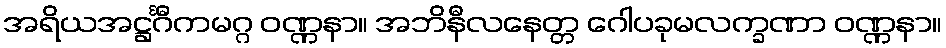
အရိယအဋ္ဌင်္ဂီကမဂ္ဂ ဝဏ္ဏနာ။ အဘိနီလနေတ္တ ဂေါပခုမလက္ခဏာ ဝဏ္ဏနာ။